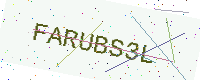
Text: FARUBS3L